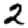
Digit: 2